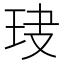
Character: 𤤏